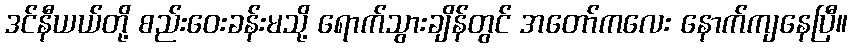
ဒင်နီယယ်တို့ စည်းဝေးခန်းမသို့ ရောက်သွားချိန်တွင် အတော်ကလေး နောက်ကျနေပြီ။